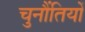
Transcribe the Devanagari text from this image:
चुनौंतियों